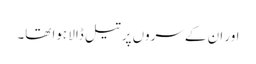
اور ان کے سروں پر تیل ڈالا ہوا تھا۔